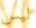
ليس